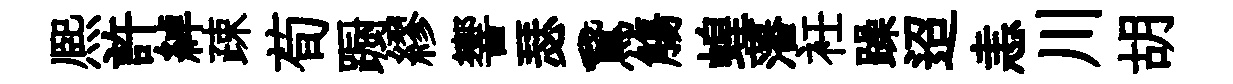
熈許綽疎荀蹰繆響瑟鵞觴蝗藩衽躁迢恚川胡